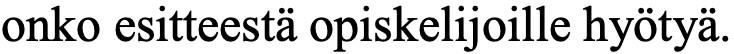
onko esitteestä opiskelijoille hyötyä.